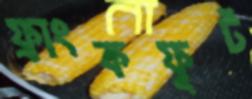
ফ্রাংকফুর্ট